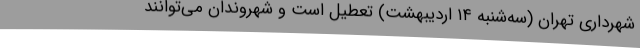
شهرداری تهران (سه‌شنبه ۱۴ اردیبهشت) تعطیل است و شهروندان می‌توانند